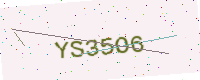
Text: YS35O6